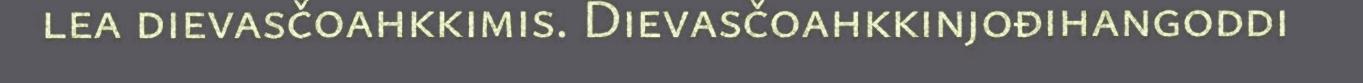
lea dievasčoahkkimis. Dievasčoahkkinjođihangoddi